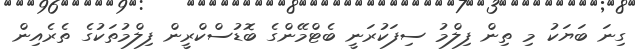
ގިނަ ބަޔަކު މި ތިން ފިލްމު ސިފަކުރަނީ ބެޓްމޭންގެ ބޮޑުސްކްރީން ފިލްމުތަކުގެ ތެރެއިން